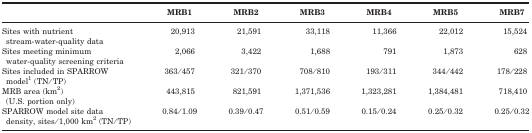
<table><thead><tr><td></td><td><b>MRB1</b></td><td><b>MRB2</b></td><td><b>MRB3</b></td><td><b>MRB4</b></td><td><b>MRB5</b></td><td><b>MRB7</b></td></tr></thead><tbody><tr><td>Sites with nutrient stream-water-quality data</td><td>20,913</td><td>21,591</td><td>33,118</td><td>11,366</td><td>22,012</td><td>15,524</td></tr><tr><td>Sites meeting minimum water-quality screening criteria</td><td>2,066</td><td>3,422</td><td>1,688</td><td>791</td><td>1,873</td><td>628</td></tr><tr><td>Sites included in SPARROW model1 (TN/TP)</td><td>363/457</td><td>321/370</td><td>708/810</td><td>193/311</td><td>344/442</td><td>178/228</td></tr><tr><td>MRB area (km<sup>2</sup>) (U.S. portion only)</td><td>443,815</td><td>821,591</td><td>1,371,536</td><td>1,323,281</td><td>1,384,481</td><td>718,410</td></tr><tr><td>SPARROW model site data density, sites/1,000 km<sup>2</sup> (TN/TP)</td><td>0.84/1.09</td><td>0.39/0.47</td><td>0.51/0.59</td><td>0.15/0.24</td><td>0.25/0.32</td><td>0.25/0.32</td></tr></tbody></table>